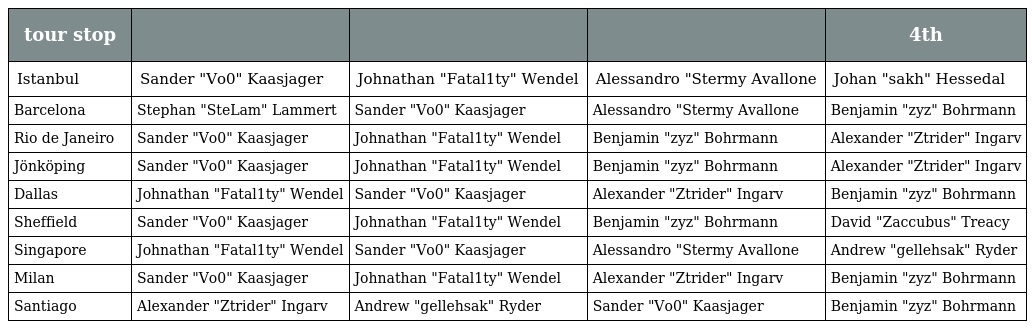
| tour stop |  |  |  | 4th |
 | --- | --- | --- | --- | --- |
 | Istanbul | Sander "Vo0" Kaasjager | Johnathan "Fatal1ty" Wendel | Alessandro "Stermy Avallone | Johan "sakh" Hessedal |
 | Barcelona | Stephan "SteLam" Lammert | Sander "Vo0" Kaasjager | Alessandro "Stermy Avallone | Benjamin "zyz" Bohrmann |
 | Rio de Janeiro | Sander "Vo0" Kaasjager | Johnathan "Fatal1ty" Wendel | Benjamin "zyz" Bohrmann | Alexander "Ztrider" Ingarv |
 | Jönköping | Sander "Vo0" Kaasjager | Johnathan "Fatal1ty" Wendel | Benjamin "zyz" Bohrmann | Alexander "Ztrider" Ingarv |
 | Dallas | Johnathan "Fatal1ty" Wendel | Sander "Vo0" Kaasjager | Alexander "Ztrider" Ingarv | Benjamin "zyz" Bohrmann |
 | Sheffield | Sander "Vo0" Kaasjager | Johnathan "Fatal1ty" Wendel | Benjamin "zyz" Bohrmann | David "Zaccubus" Treacy |
 | Singapore | Johnathan "Fatal1ty" Wendel | Sander "Vo0" Kaasjager | Alessandro "Stermy Avallone | Andrew "gellehsak" Ryder |
 | Milan | Sander "Vo0" Kaasjager | Johnathan "Fatal1ty" Wendel | Alexander "Ztrider" Ingarv | Benjamin "zyz" Bohrmann |
 | Santiago | Alexander "Ztrider" Ingarv | Andrew "gellehsak" Ryder | Sander "Vo0" Kaasjager | Benjamin "zyz" Bohrmann |